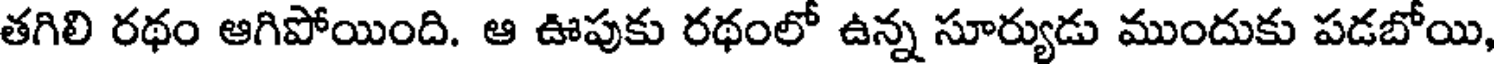
తగిలి రథం ఆగిపోయింది. ఆ ఊపుకు రథంలో ఉన్న సూర్యుడు ముందుకు పడబోయి,